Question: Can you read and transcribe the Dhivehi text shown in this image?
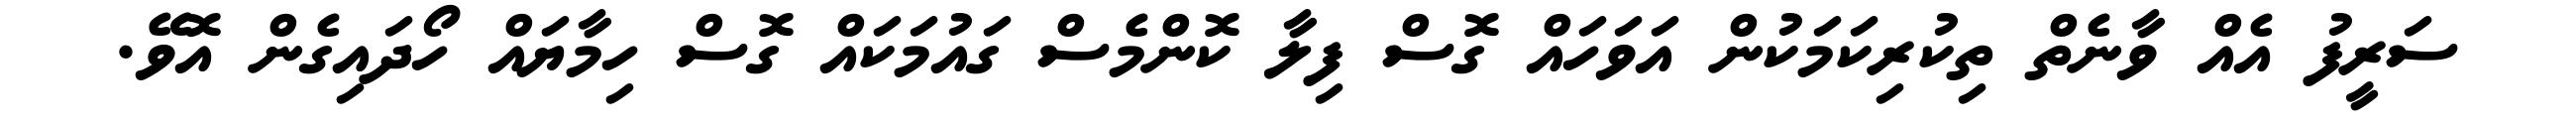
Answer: ސަރީފު އެއް ވާނެތް ތިކުރިކަމަކުން އަވަހައް ގޮސް ފިލާ ކޮންމެސް ގައުމަކައް ގޮސް ހިމާޔައް ހޯދައިގެން އޮވޭ.